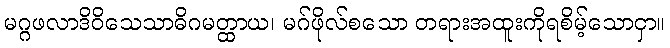
မဂ္ဂဖလာဒိဝိသေသာဓိဂမတ္ထာယ၊ မဂ်ဖိုလ်စသော တရားအထူးကိုရစိမ့်သောငှာ။